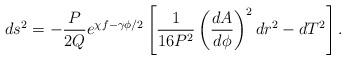
LaTeX: \begin{align*}ds^2=-\frac{P}{2Q}e^{\chi f-\gamma \phi /2}\left[\frac{1}{16P^2}\left(\frac{dA}{d\phi} \right)^2 dr^2-dT^2 \right].\end{align*}